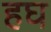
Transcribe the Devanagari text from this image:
हघ